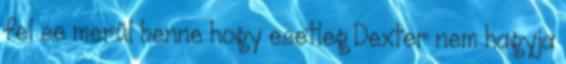
fel se merül benne hogy esetleg Dexter nem hagyja